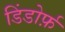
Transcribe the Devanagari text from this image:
डिंडोर्फ़